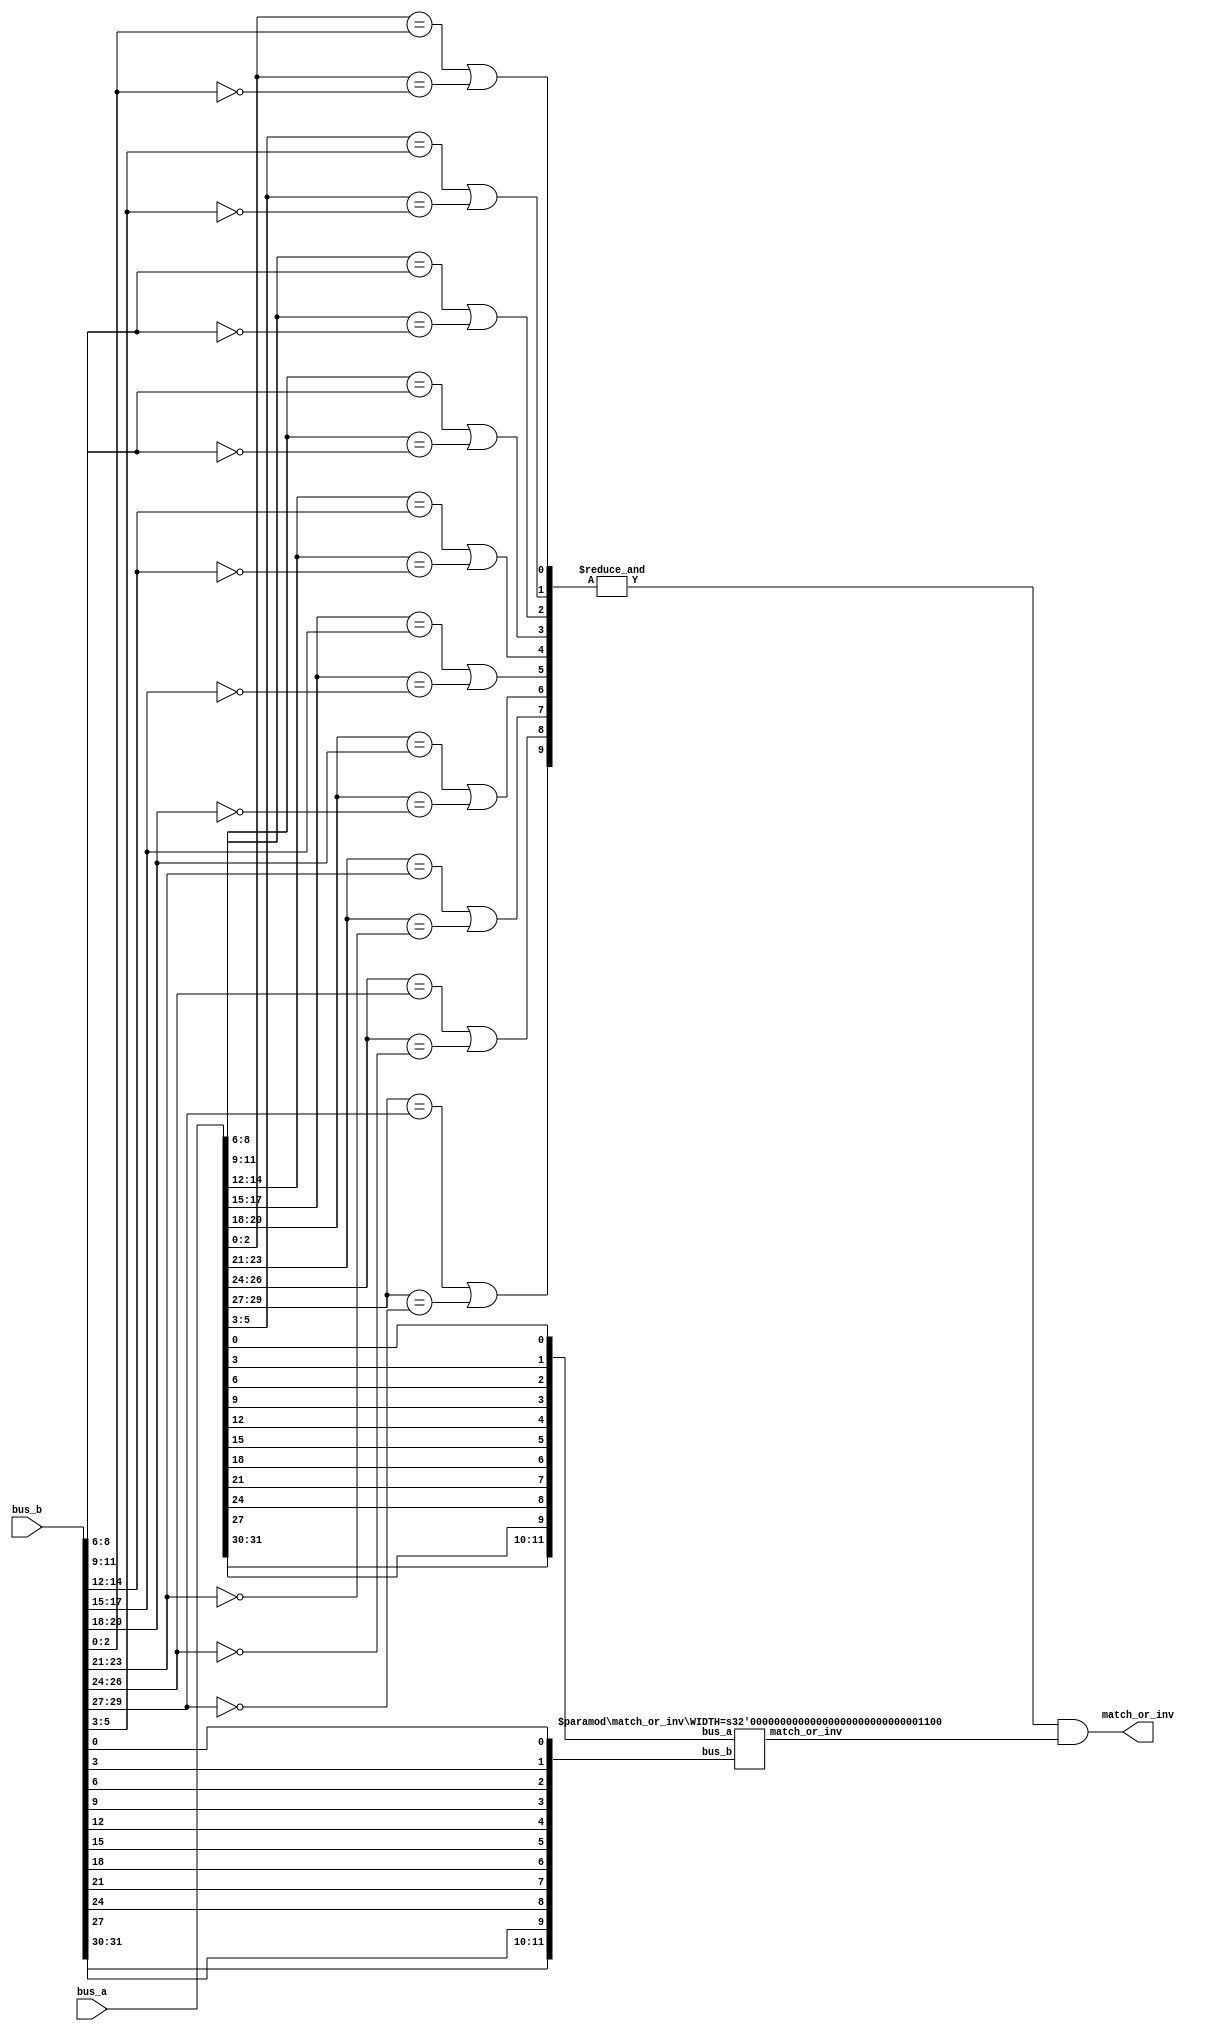
module match_or_inv (bus_a,bus_b,match_or_inv);

parameter WIDTH = 32;

localparam GROUPS_OF_THREE = WIDTH/3;

input [WIDTH-1:0] bus_a;
input [WIDTH-1:0] bus_b;

output match_or_inv;

wire [GROUPS_OF_THREE - 1 : 0] groups /* synthesis keep */;
wire [GROUPS_OF_THREE + WIDTH-(3*GROUPS_OF_THREE) - 1 : 0] reduced_a;
wire [GROUPS_OF_THREE + WIDTH-(3*GROUPS_OF_THREE) - 1 : 0] reduced_b;
wire reduced_result;

genvar i;
generate 

  // simplify each block of 3 vs 3 bus bits into a six LUT and a 1 bit problem
  for (i=0; i<GROUPS_OF_THREE; i=i+1)
  begin : triples
  	wire [2:0] part_a;
  	wire [2:0] part_b;
    wire m_or_i;
  	assign part_a = bus_a[i*3+2:i*3];
  	assign part_b = bus_b[i*3+2:i*3];
  	assign groups[i] = (part_a == part_b || part_a == ~part_b);
	assign reduced_a[i] = bus_a[i*3];
	assign reduced_b[i] = bus_b[i*3];
  end

  // take care of bus bits when the width isn't a multiple of 3
  for (i=0; i<WIDTH-(3*GROUPS_OF_THREE); i=i+1)
  begin : residue
    	assign reduced_a[GROUPS_OF_THREE + i] = bus_a[3*GROUPS_OF_THREE + i];
    	assign reduced_b[GROUPS_OF_THREE + i] = bus_b[3*GROUPS_OF_THREE + i];
  end
endgenerate

// if the remaining problem is big enough tackle it recursively
// otherwise just build the gates
generate
  if  ((GROUPS_OF_THREE + WIDTH-(3*GROUPS_OF_THREE)) > 3)
  begin
	match_or_inv helper (.bus_a(reduced_a),.bus_b(reduced_b),.match_or_inv(reduced_result));
	defparam helper .WIDTH = (GROUPS_OF_THREE + WIDTH-(3*GROUPS_OF_THREE));
  end
  else
  begin
	assign reduced_result = (reduced_a == reduced_b || reduced_a == ~reduced_b);
  end   
endgenerate

// Final answer is the & of all 3 input results and the sub problem result
assign match_or_inv = (& groups) && reduced_result;

endmodule